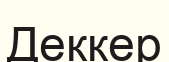
Деккер